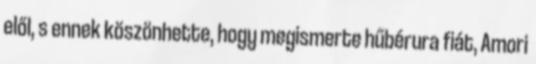
elől, s ennek köszönhette, hogy megismerte hűbérura fiát, Amori